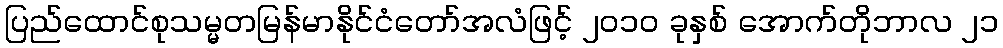
ပြည်ထောင်စုသမ္မတမြန်မာနိုင်ငံတော်အလံဖြင့် ၂၀၁၀ ခုနှစ် အောက်တိုဘာလ ၂၁